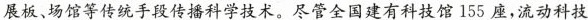
展板、场馆等传统手段传播科学技术。尽管全国建有科技馆155座，流动科技